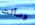
وسألت